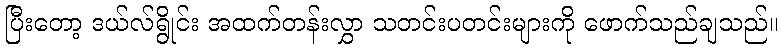
ပြီးတော့ ဒယ်လ်ရွိုင်း အထက်တန်းလွှာ သတင်းပတင်းများကို ဖောက်သည်ချသည်။